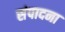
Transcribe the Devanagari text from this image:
संपादना